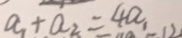
a _ { 1 } + a _ { 2 } = 4 a _ { 1 }